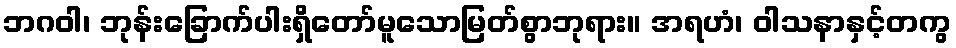
ဘဂဝါ၊ ဘုန်းခြောက်ပါးရှိတော်မူသောမြတ်စွာဘုရား။ အရဟံ၊ ဝါသနာနှင့်တကွ